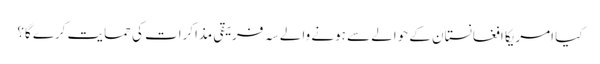
کیا امریکا افغانستان کے حوالے سے ہونے والے سہ فریقی مذاکرات کی حمایت کرے گا؟